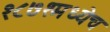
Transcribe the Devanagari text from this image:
१८७१मध्येच